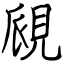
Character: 覛